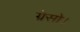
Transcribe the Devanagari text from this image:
ग्रेसो।